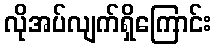
လိုအပ်လျက်ရှိကြောင်း